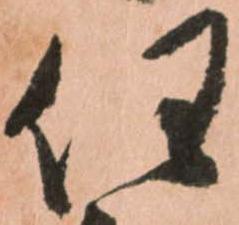
任